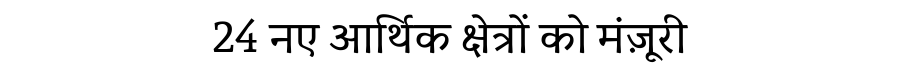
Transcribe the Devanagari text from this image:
24 नए आर्थिक क्षेत्रों को मंज़ूरी